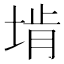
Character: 𪣩